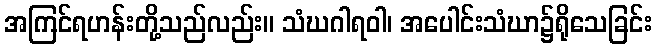
အကြင်ရဟန်းတို့သည်လည်း။ သံဃဂါရဝါ၊ အပေါင်းသံဃာ၌ရိုသေခြင်း